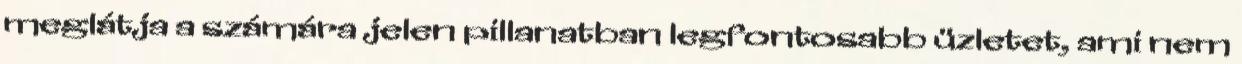
meglátja a számára jelen pillanatban legfontosabb üzletet, ami nem